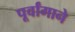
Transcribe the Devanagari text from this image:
पूर्वांगाने